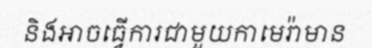
និងអាចធ្វើការជាមួយកាមេរ៉ាមាន